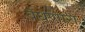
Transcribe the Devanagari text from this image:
वेधणारा